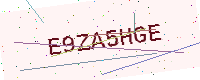
Text: E9ZA5HGE